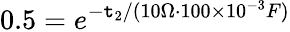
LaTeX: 0.5=e^{-\mathtt{t}_{2}/(10\Omega\cdot100\times10^{-3}F)}